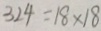
3 2 4 = 1 8 \times 1 8